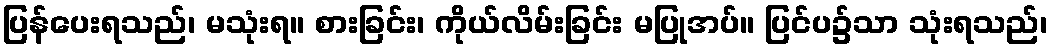
ပြန်ပေးရသည်၊ မသုံးရ။ စားခြင်း၊ ကိုယ်လိမ်းခြင်း မပြုအပ်။ ပြင်ပ၌သာ သုံးရသည်၊